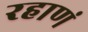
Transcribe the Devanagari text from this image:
रहाणं